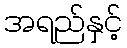
အရည်နှင့်